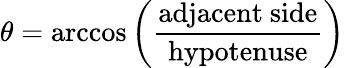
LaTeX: \theta=\operatorname{arccos}\left({\frac{\mathrm{adjacent~side}}{\mathrm{hypotenuse}}}\right)